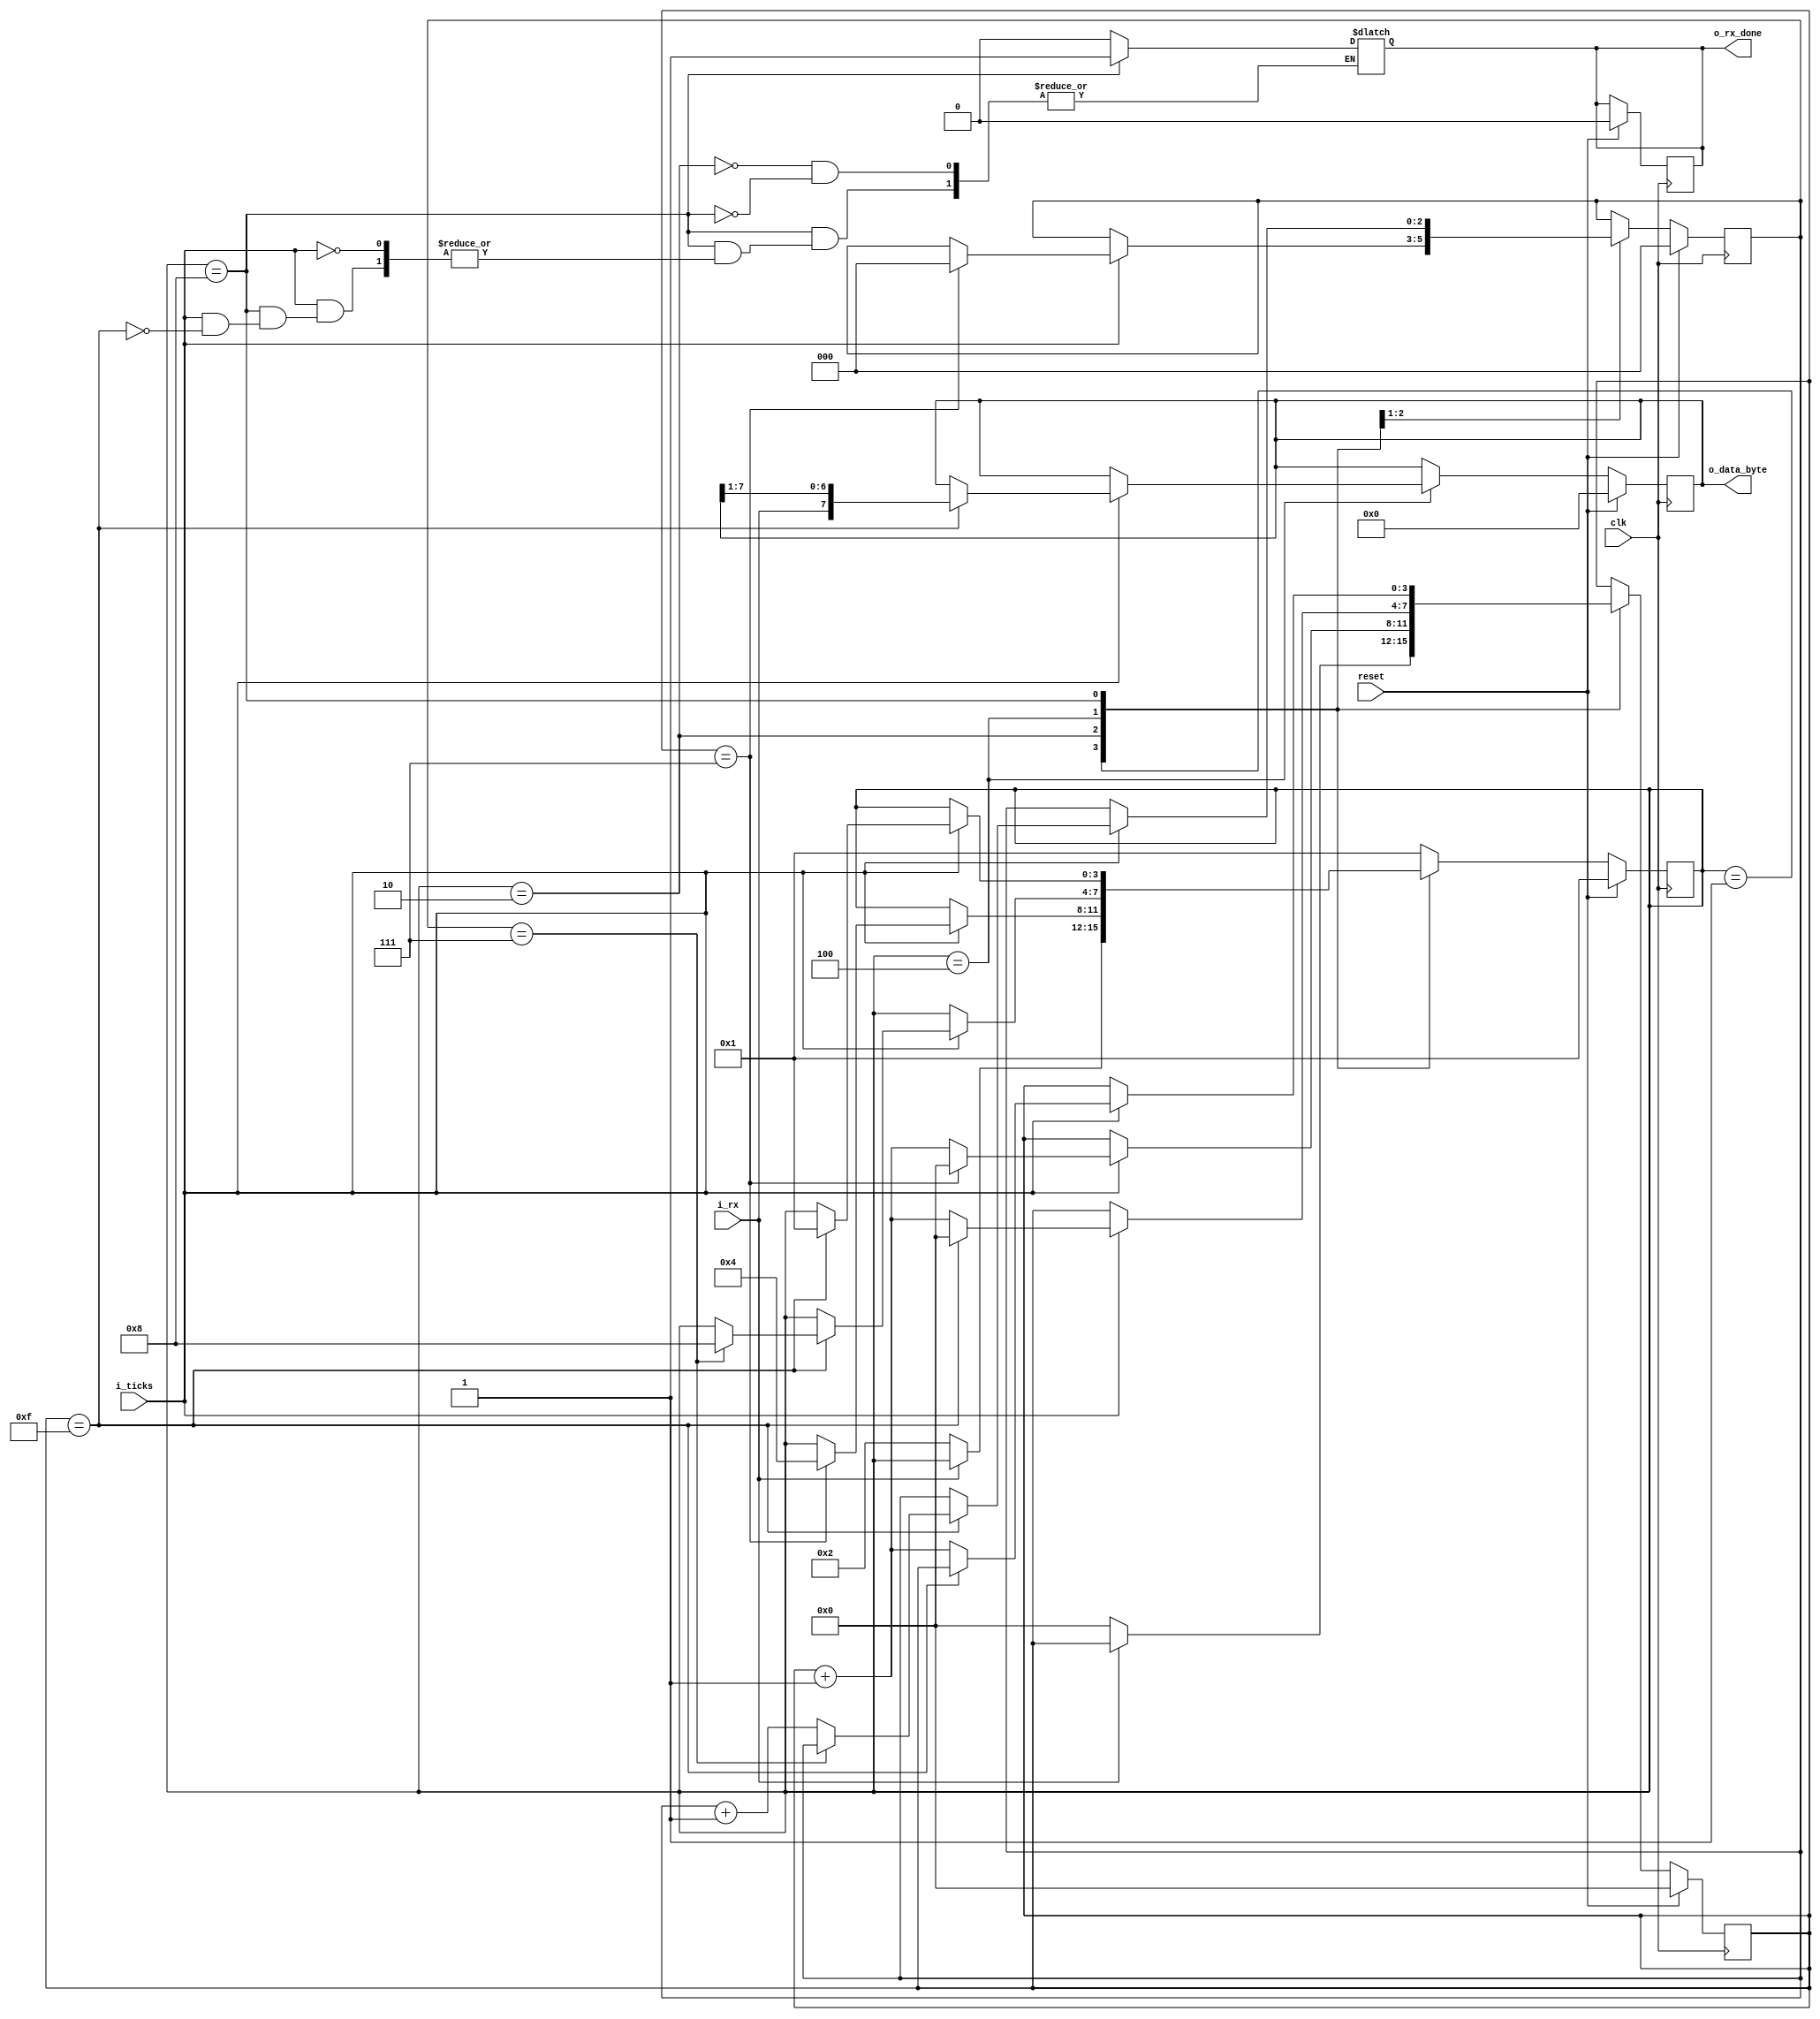
`timescale 1ns / 1ps
//////////////////////////////////////////////////////////////////////////////////
// Company: 
// Engineer: 
// 
// Design Name: 
// Module Name: uart_rx
// Project Name: 
// Target Devices: 
// Tool Versions: 
// Description: 
// 
// Dependencies: 
// 
// Revision:
// Revision 0.01 - File Created
// Additional Comments:
// 
//////////////////////////////////////////////////////////////////////////////////


module uart_rx #(
    parameter   DATA_WIDTH = 8,
                SB_TICKS   = 16
)
(
    input                   clk,
    input                   reset,
    input                   i_ticks,
    input                   i_rx,
    
    output reg              o_rx_done,
    output [DATA_WIDTH-1:0] o_data_byte
);

    // State machine States
    localparam [3:0]    IDLE_STATE  = 4'b0001;
    localparam [3:0]    START_STATE = 4'b0010;
    localparam [3:0]    DATA_STATE  = 4'b0100;
    localparam [3:0]    STOP_STATE  = 4'b1000;

    // Registers
    reg [3:0]               state;
    reg [3:0]               next_state;

    reg [3:0]               tick_reg;
    reg [3:0]               tick_next;
    
    reg [2:0]               nbits_reg;
    reg [2:0]               nbits_next;

    reg [DATA_WIDTH-1:0]    data_reg;
    reg [DATA_WIDTH-1:0]    data_next;

    //reg                     rx_done;

    // Register logic
    always @(posedge clk ) begin
        if (reset) begin
            state <= IDLE_STATE;
            tick_reg <= 0;
            nbits_reg <= 0;
            data_reg <= 0;  
            o_rx_done = 1'b0;          
        end
        else begin
            state <= next_state;
            tick_reg <= tick_next;
            nbits_reg <= nbits_next;
            data_reg <= data_next;
        end  
    end

    always @(*) begin
        next_state = state;
        tick_next = tick_reg;
        nbits_next = nbits_reg;
        data_next = data_reg;
        
        case (state)
            IDLE_STATE: begin
                if(~i_rx) begin
                    next_state = START_STATE;
                    tick_next = 0;
                end
            end
            
            START_STATE: begin
                o_rx_done = 1'b0;         //PROVISORIO. PASARLO A IDLE
                if (i_ticks) begin
                    if(tick_reg == 7) begin
                        next_state = DATA_STATE;
                        tick_next = 0;
                        nbits_next = 0;
                    end
                    else
                        tick_next = tick_reg + 1;
                end
            end

            DATA_STATE: begin
                if (i_ticks) begin
                    if (tick_reg == 15) begin
                        tick_next = 0;
                        data_next = {i_rx, data_reg[DATA_WIDTH-1:1]};
                        if (nbits_reg == (DATA_WIDTH-1))
                            next_state = STOP_STATE;
                        else 
                            nbits_next = nbits_reg + 1;
                    end
                    else
                        tick_next = tick_reg + 1;
                    
                end
            end
            
            STOP_STATE: begin
                if (i_ticks) begin
                    if (tick_reg == (SB_TICKS-1)) begin
                        next_state = IDLE_STATE;
                        o_rx_done = 1'b1;                        
                    end 
                    else
                        tick_next = tick_reg + 1;                        
                end
            end
            default: 
            next_state = IDLE_STATE;   
        endcase 
    end

    assign o_data_byte = data_reg;
    //assign o_rx_done = rx_done;

endmodule